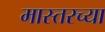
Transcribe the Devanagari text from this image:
मास्तरच्या